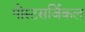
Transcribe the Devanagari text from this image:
पोस्टसर्जिकल